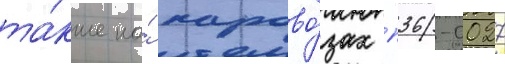
та́кже на́ парово́зах п36-0027